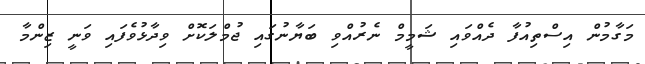
މަގާމުން އިސްތިއުފާ ދެއްވައި ޝަމީމް ނެރުއްވި ބަޔާނުގައި ޖުމްލަކޮށް ވިދާޅުވެފައި ވަނީ ޒިންމާ